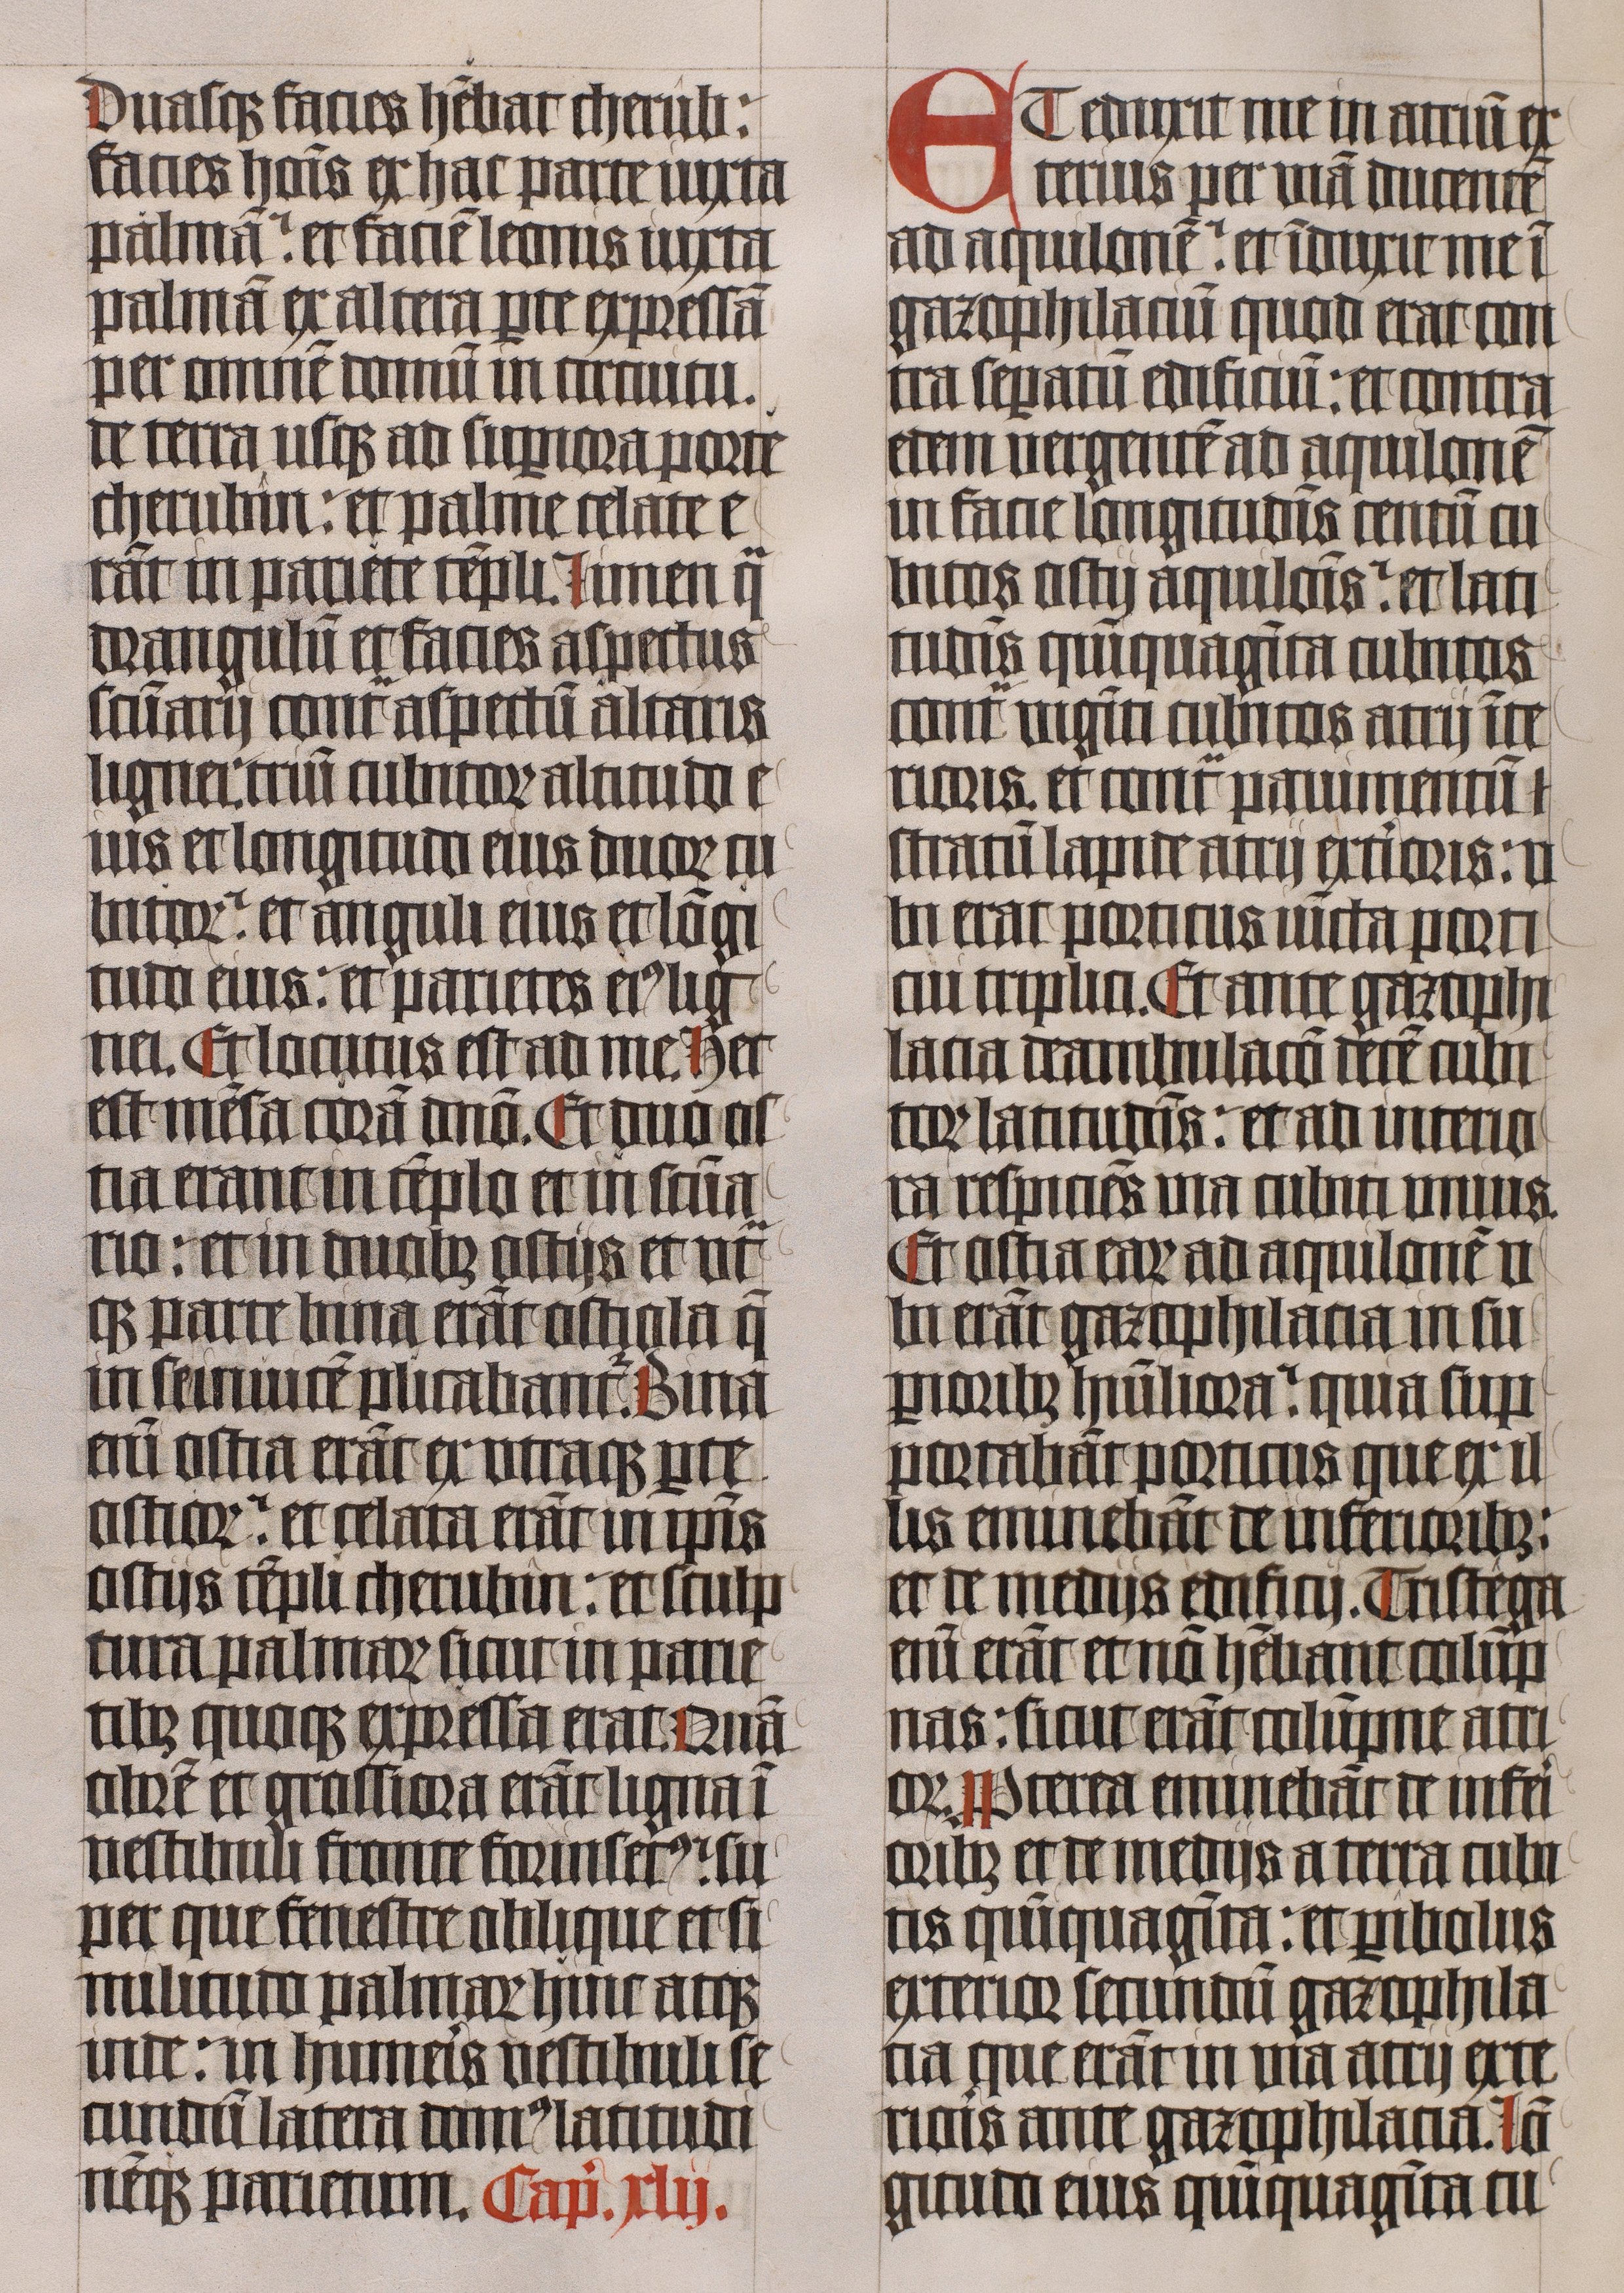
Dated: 1445–1445